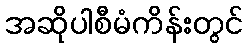
အဆိုပါစီမံကိန်းတွင်